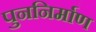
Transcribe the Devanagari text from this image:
पुननिर्माण